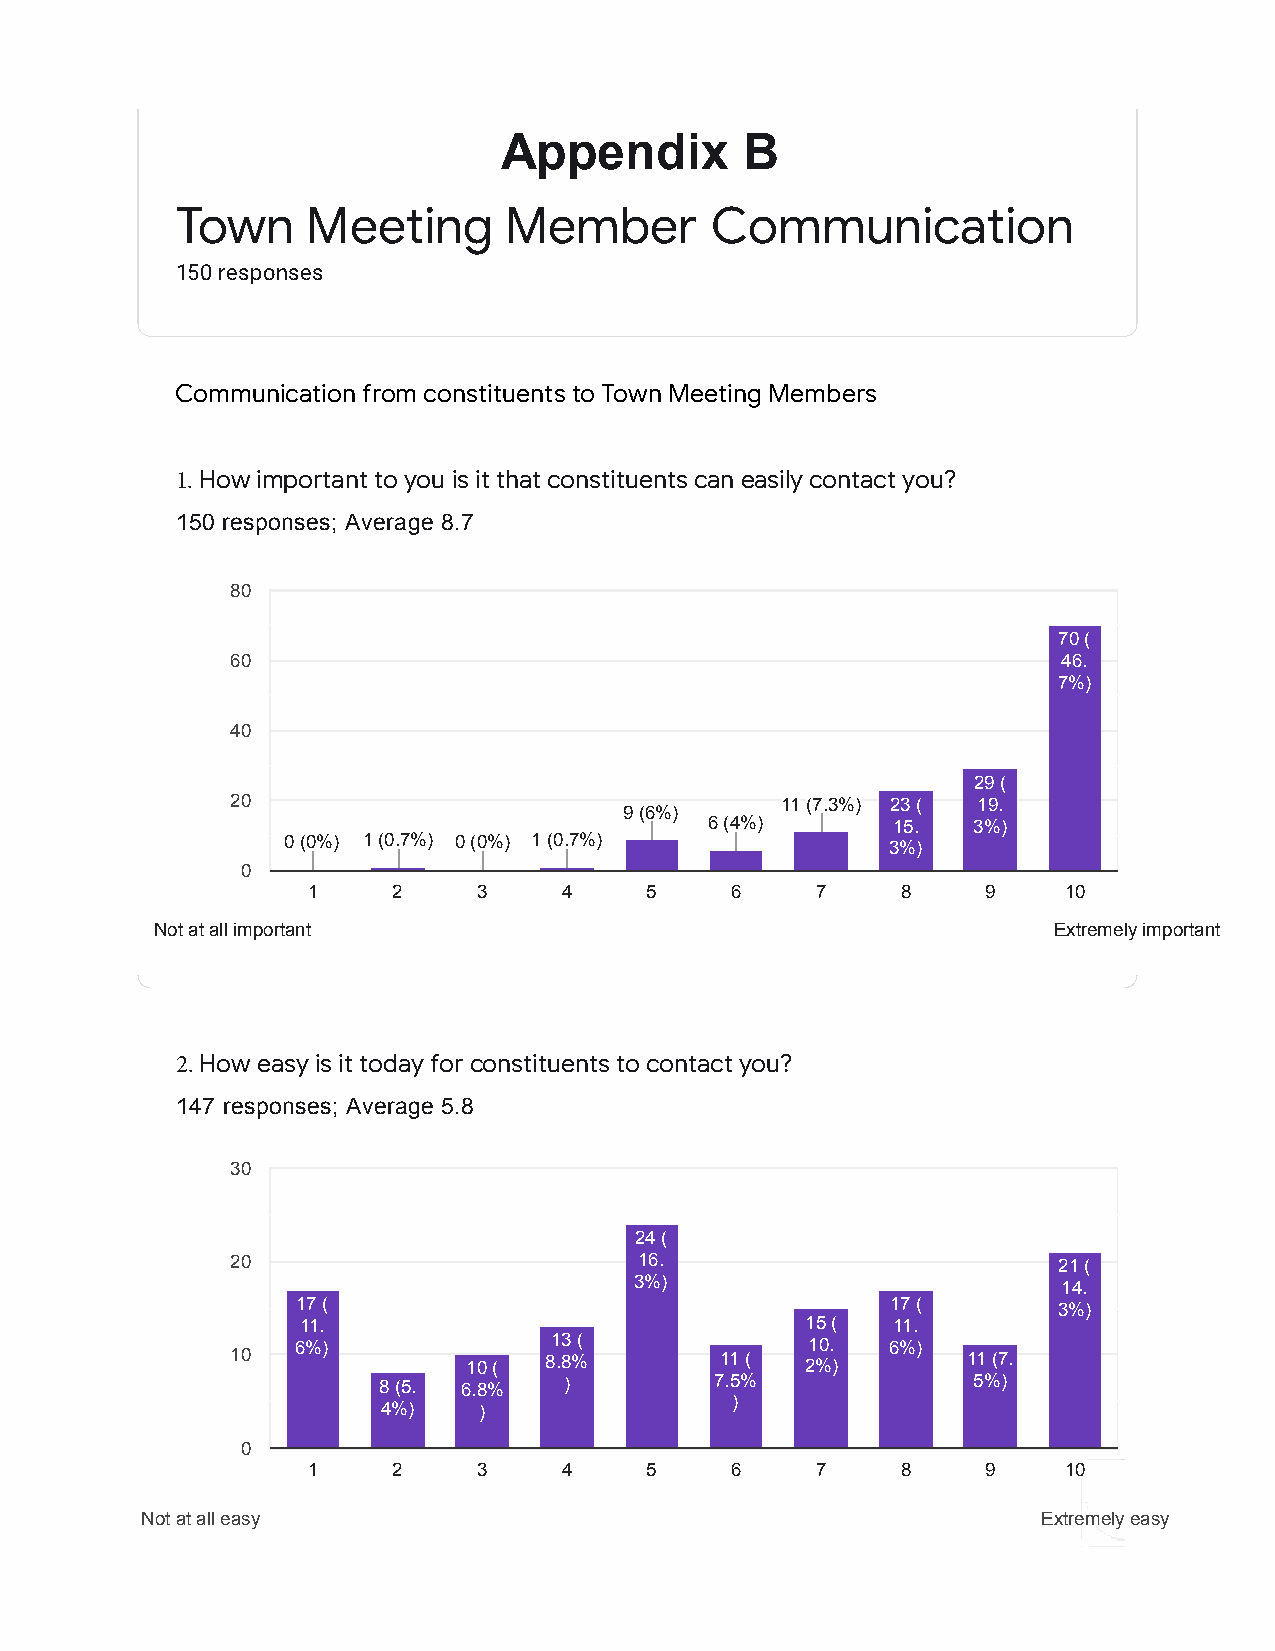
Appendix        B
 Town     Meeting      Member       Communication
 150 responses
 Communication from constituents to Town Meeting Members
 1.How important to you is it that constituents can easily contact you?
 150 responses; Average 8.7
 80
 70 (
 60                                                     46.
 7%)
 40
 29 (
 20                                   11 (7.3%) 23 ( 19.
 9 (6%)
 6 (4%)      15.  3%)
 0 (0%) 1 (0.7%) 0 (0%) 1 (0.7%)         3%)
 0
 1     2     3    4     5    6     7     8    9    10
 Not at all important                                        Extremely important
 2.How easy is it today for constituents to contact you?
 147 responses; Average 5.8
 30
 24 (
 20                         16.                         21 (
 3%)                         14.
 17 (                                   17 (       3%)
 11.                              15 (  11.
 6%)             13 (              10.  6%)
 10              10 ( 8.8%        11 ( 2%)        11 (7.
 8 (5. 6.8%  )         7.5%             5%)
 4%)    )               )
 0
 1     2     3    4     5    6     7     8    9    10
 Not at all easy                                             Extremely easy